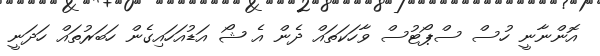
އޮންނާނީ ހުސް ސްޕޯޓުސް ވާހަކަތައް ދެން އެ ޝޯ އަޑުއަހައިގެން ހަބަރުތައް ހަދަނީ